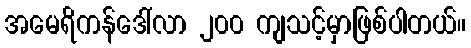
အမေရိကန်ဒေါ်လာ ၂၀၀ ကျသင့်မှာဖြစ်ပါတယ်။